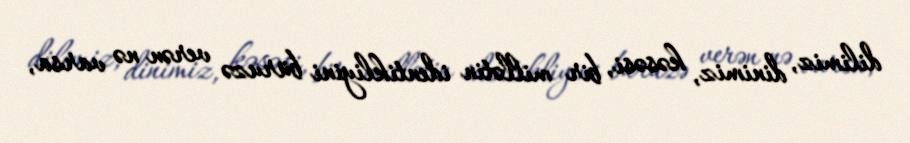
dilimiz, dinimiz, kəsəsi, bir millətin identikliyini büruzə verən nə varsa,